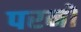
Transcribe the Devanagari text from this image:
परनों